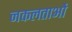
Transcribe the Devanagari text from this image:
नकलताओं